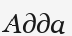
Адда